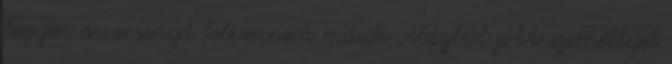
legyen a versenyt felvenni a másik világból jött személlyel